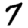
Digit: 7